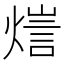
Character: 𤍉